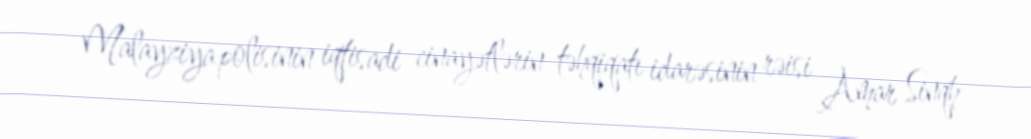
Malayziya polisinin iqtisadi cinayətlərin təhqiqatı idarəsinin rəisi Amar Sinqh